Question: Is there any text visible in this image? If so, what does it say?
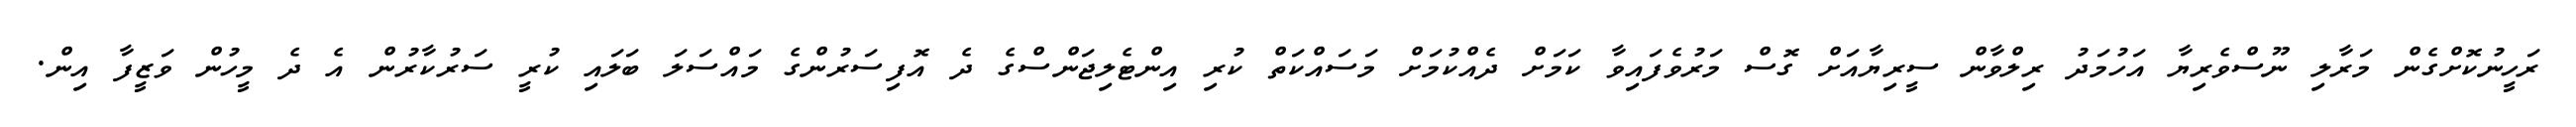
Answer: ރަހީނުކޮށްގެން މަރާލި ނޫސްވެރިޔާ އަހުމަދު ރިލްވާން ސީރިޔާއަށް ގޮސް މަރުވެފައިވާ ކަމަށް ދެއްކުމަށް މަސައްކަތް ކުރި އިންޓެލިޖަންސްގެ ދެ އޮފިސަރުންގެ މައްސަލަ ބަލައި ކުރީ ސަރުކާރުން އެ ދެ މީހުން ވަޒީފާ އިން.